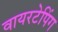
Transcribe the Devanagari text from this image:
वायरटेपिंग